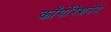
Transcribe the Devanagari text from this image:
कॉर्पोरेशनेने